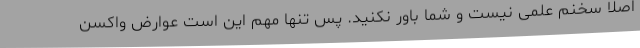
اصلا سخنم علمی نیست و شما باور نکنید. پس تنها مهم این است عوارض واکسن